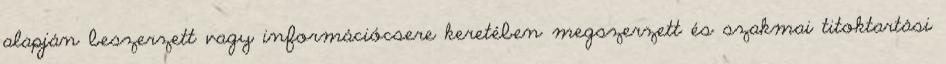
alapján beszerzett vagy információcsere keretében megszerzett és szakmai titoktartási